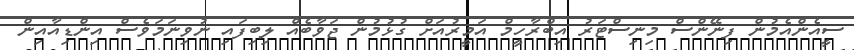
ސީއެންއެމުން ފިނޭންސް މިނިސްޓަރު އިބްރާހީމް އަމީރުއަށް ގުޅުމުން ޖަވާބެއް ލިބިފައި ނުވިނަމަވެސް އިންޑިއާއިން